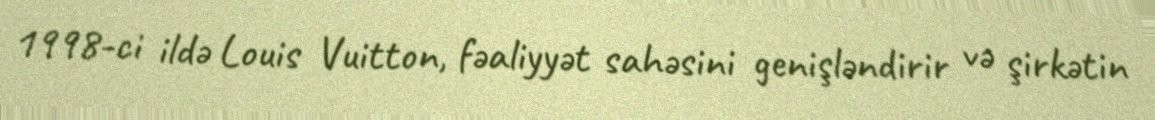
1998-ci ildə Louis Vuitton, fəaliyyət sahəsini genişləndirir və şirkətin